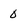
Character: 0